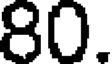
80.